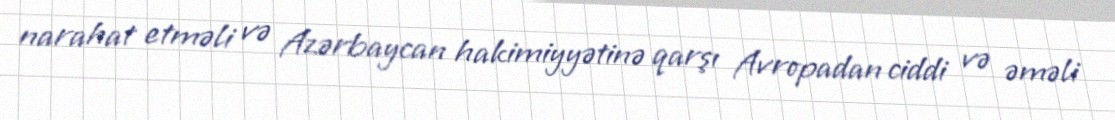
narahat etməli və Azərbaycan hakimiyyətinə qarşı Avropadan ciddi və əməli